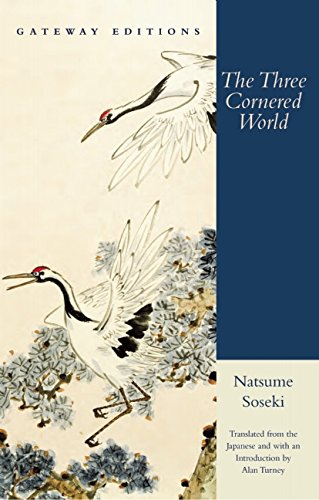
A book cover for Three Cornered World; Natsume Suseki; Literature & Fiction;